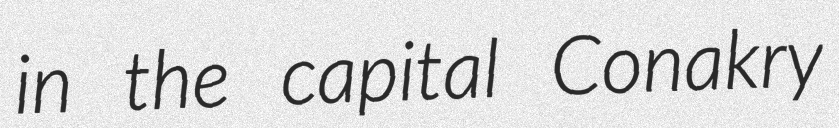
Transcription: in the capital Conakry